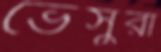
ভেসুরা